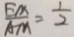
\frac { E M } { A M } = \frac { 1 } { 2 }